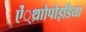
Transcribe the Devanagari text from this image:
ऐं्थ्राोपोइडिया